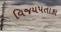
વિજયપતાકા